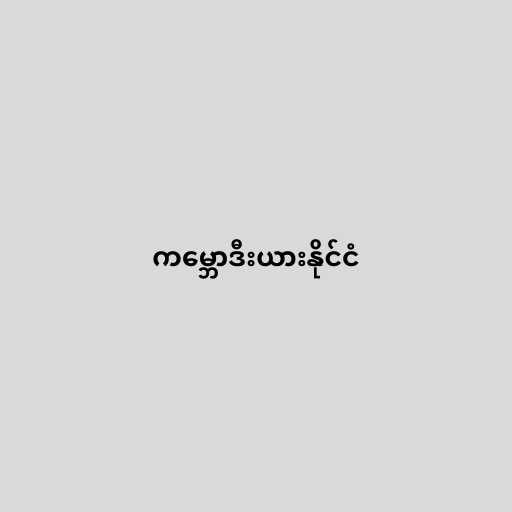
ကမ္ဘောဒီးယားနိုင်ငံ